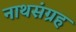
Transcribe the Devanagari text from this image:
नाथसंग्रह